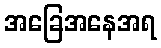
အခြေအနေအရ